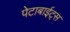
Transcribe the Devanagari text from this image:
पेटाबाईट्स